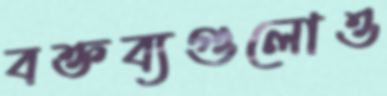
বক্তব্যগুলোও